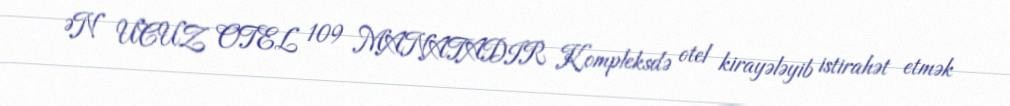
ƏN UCUZ OTEL 109 MANATADIR Kompleksdə otel kirayələyib istirahət etmək